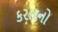
કરારનો